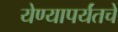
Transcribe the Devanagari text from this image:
येण्यापर्यंतचे